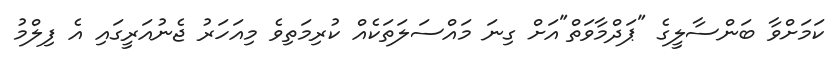
ކަމަށްވާ ބަންސާލީގެ "ޕަދްމާވަތް"އަށް ގިނަ މައްސަލަތަކެއް ކުރިމަތިވެ މިއަހަރު ޖެނުއަރީގައި އެ ފިލްމު